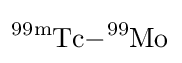
{\ce {^{99\!m}Tc-^{99}Mo}}